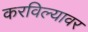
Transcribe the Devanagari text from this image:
करविल्यावर